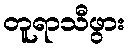
တူရာသီဖွား